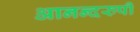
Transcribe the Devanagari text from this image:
आनन्दरुपी